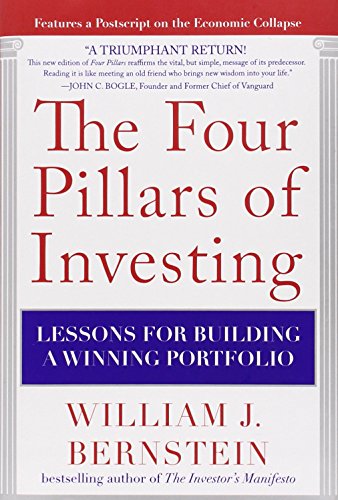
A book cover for The Four Pillars of Investing: Lessons for Building a Winning Portfolio; William J. Bernstein; Business & Money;